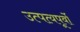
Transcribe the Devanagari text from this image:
उत्पत्यपूर्वो